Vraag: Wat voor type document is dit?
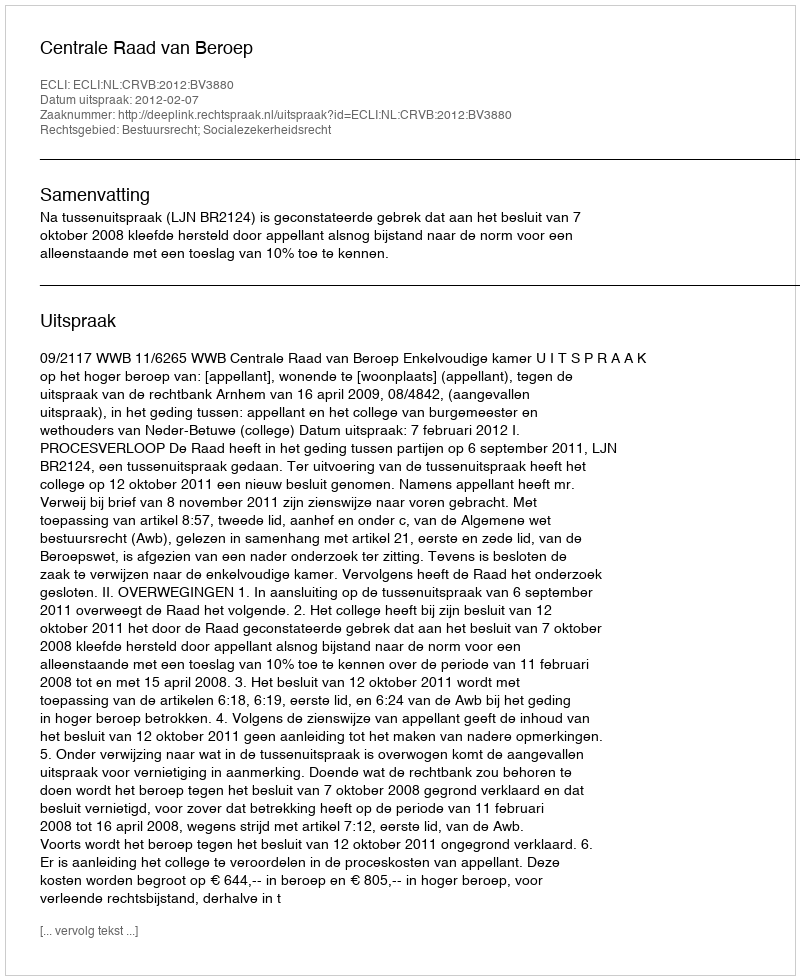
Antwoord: Uitspraak